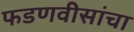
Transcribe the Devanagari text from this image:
फडणवीसांचा